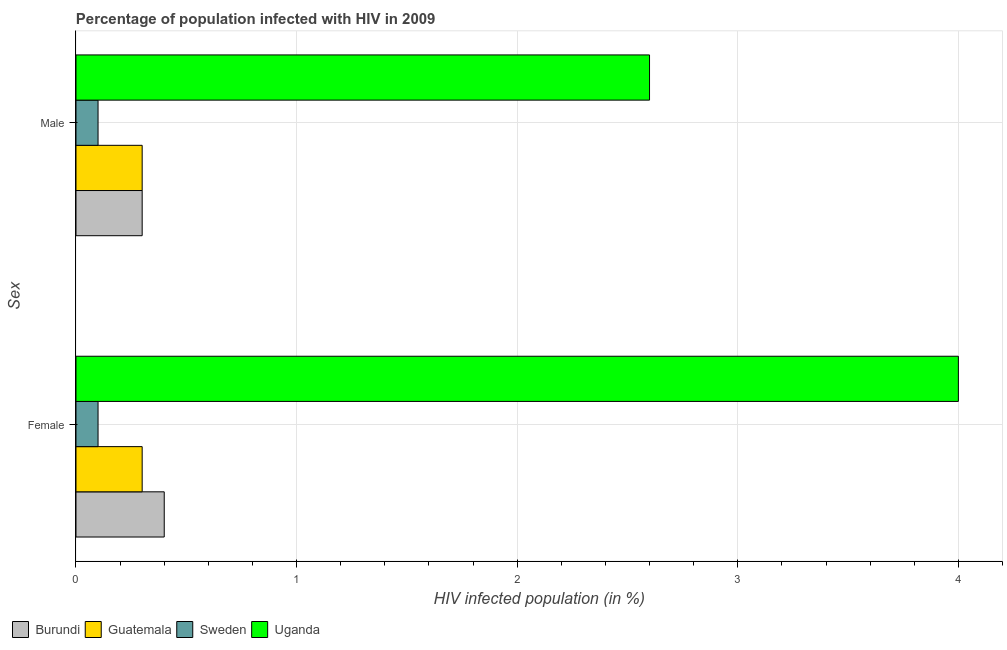
| Sex | Burundi | Guatemala | Sweden | Uganda |
 | --- | --- | --- | --- | --- |
 | Female | 0.4 | 0.3 | 0.1 | 4 |
 | Male | 0.3 | 0.3 | 0.1 | 2.6 |